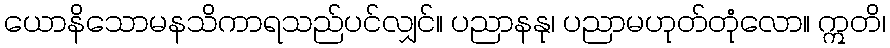
ယောနိသောမနသိကာရသည်ပင်လျှင်။ ပညာနနု၊ ပညာမဟုတ်တုံလော။ ဣတိ၊